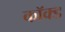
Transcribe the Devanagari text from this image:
कॉक्ड